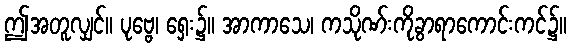
ဤအတူလျှင်။ ပုဗ္ဗေ၊ ရှေး၌။ အာကာသေ၊ ကသိုဏ်းကိုခွာရာကောင်းကင်၌။